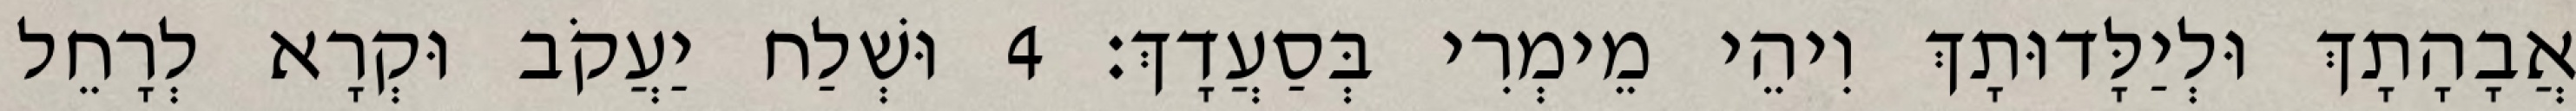
אֲבָהָתָךְ וּלְיַלָּדוּתָךְ וִיהֵי מֵימְרִי בְּסַעֲדָךְ׃ 4 וּשְׁלַח יַעֲקֹב וּקְרָא לְרָחֵל